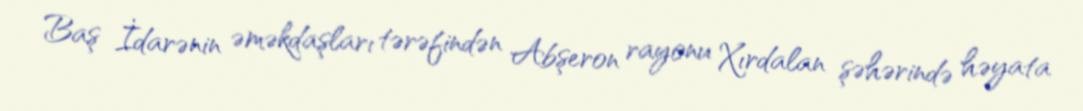
Baş İdarənin əməkdaşları tərəfindən Abşeron rayonu Xırdalan şəhərində həyata